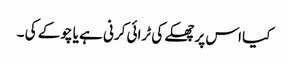
کیا اس پر چھکے کی ٹرائی کرنی ہے یا چوکے کی ۔